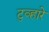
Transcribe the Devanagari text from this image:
टुव्हारे